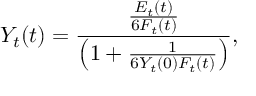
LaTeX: Y _ { t } ( t ) = \frac { \frac { E _ { t } ( t ) } { 6 F _ { t } ( t ) } } { \left( 1 + \frac { 1 } { 6 Y _ { t } ( 0 ) F _ { t } ( t ) } \right) } ,